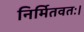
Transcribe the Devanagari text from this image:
निर्मितवतः।